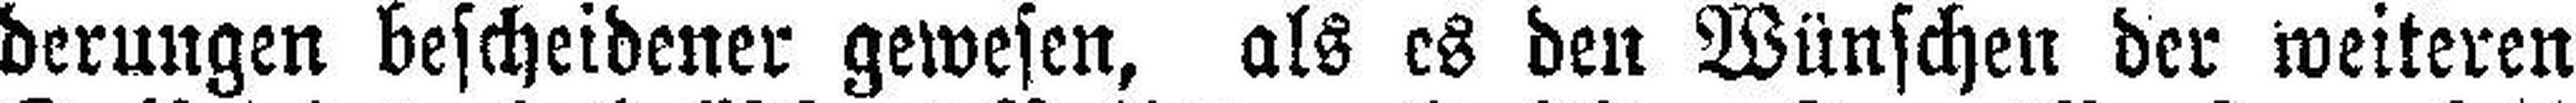
derungen bescheidener gewesen, als es den Wünschen der weiteren